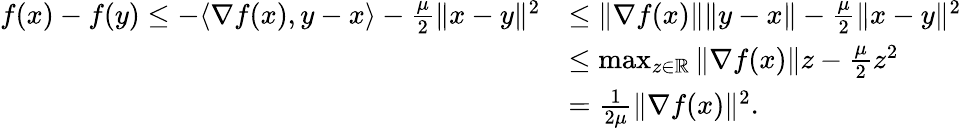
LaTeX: \begin{array}{rl}{f(x)-f(y)\leq-\langle\nabla f(x),y-x\rangle-\frac{\mu}{2}\| x-y\| ^{2}}&{\leq\| \nabla f(x)\| \| y-x\| -\frac{\mu}{2}\| x-y\| ^{2}}\\ &{\leq\operatorname*{max}_{z\in\mathbb{R}}\| \nabla f(x)\| z-\frac{\mu}{2}z^{2}}\\ &{=\frac{1}{2\mu}\| \nabla f(x)\| ^{2}.}\end{array}